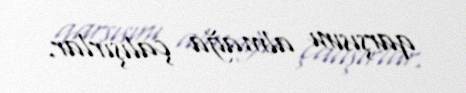
qarşısını almağa çalışırlar.